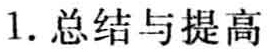
1. 总结与提高